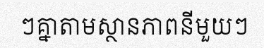
ៗគ្នាតាមស្ថានភាពនីមួយៗ